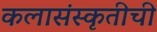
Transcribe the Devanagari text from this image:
कलासंस्कृतीची